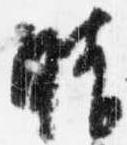
晴